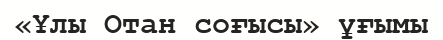
«Ұлы Отан соғысы» ұғымы